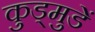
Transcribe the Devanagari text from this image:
कुड्मुडें